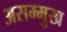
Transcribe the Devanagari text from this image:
असम्मुख